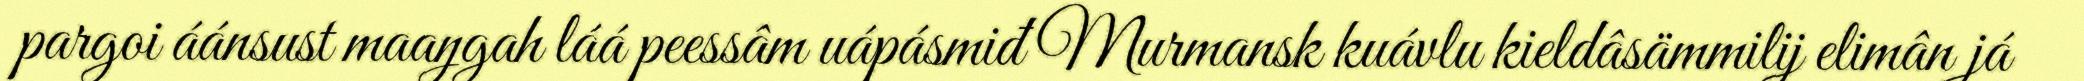
pargoi áánsust maaŋgah láá peessâm uápásmiđ Murmansk kuávlu kieldâsämmilij elimân já